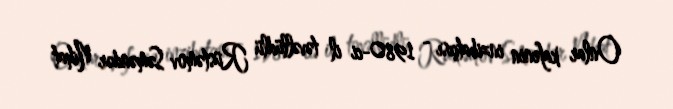
Onlar kafenin inzibatçısı - 1980-ci il təvəllüdlü Rüstəmov Səməndər Nihat